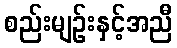
စည်းမျဉ်းနှင့်အညီ